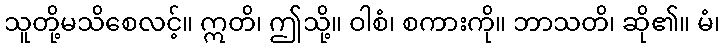
သူတို့မသိစေလင့်။ ဣတိ၊ ဤသို့။ ဝါစံ၊ စကားကို။ ဘာသတိ၊ ဆို၏။ မံ၊